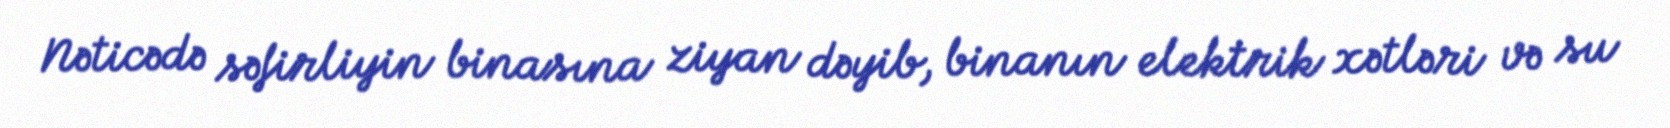
Nəticədə səfirliyin binasına ziyan dəyib, binanın elektrik xətləri və su